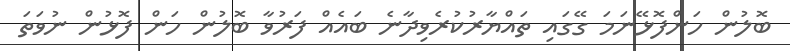
ބޮލުން ހަންފޮޅޭނަމަ ގޭގައި ތައްޔާރުކުރެވިދާނެ ބައެއް ފަރުވާ ބޮލުން ހަން ފޮޅުން ނުވަތަ